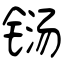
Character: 铴